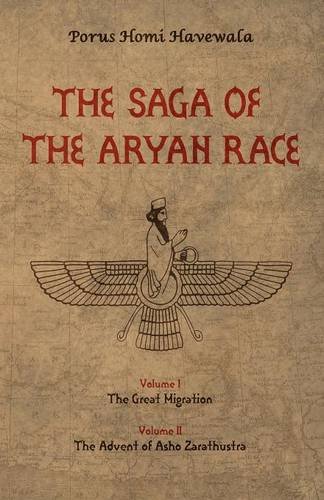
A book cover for The Saga of the Aryan Race; Porus Homi Havewala; Religion & Spirituality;